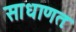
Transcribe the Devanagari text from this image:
साधाणतः